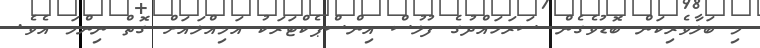
މި ބަލާވެރިކަން ބޮޑުވެގެން ސަރަހައްދުގެ ފުލުސް އިންސްޕެކްޓަަރަކު އަމިއްލައަށް ގޮތް ނިންމަ އެވެ.